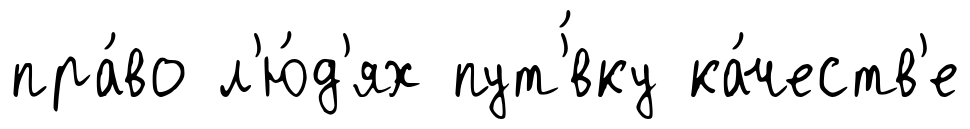
пра́во л'ю́д'ях пут'́вку ка́честв'е